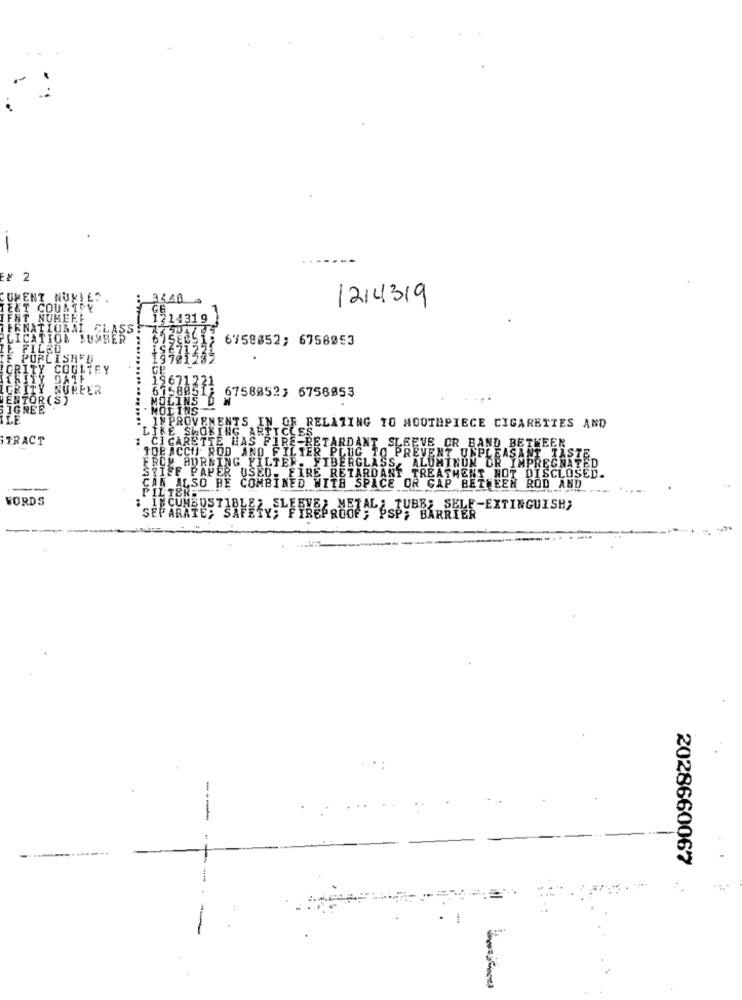
EN 2
COMENT NURIES
..
94.40.
1214319
TEXT COUNTRY
GE
IFNT NUBEEF
1214319
TERNATIONAL CLASS
PLICATION NUMBER'
15E0
6758852; 6758053
E. FILED
F PUBLISHED
IGRITY COULTEY
TRITY DATF
IGRITY NUREER
6758051;
6758852; 6756853
MENTOR(S)
MOLINS D
SIGNEE
MOLINS"
ILE
IMPROVEMENTS IN OF RELATING TO MOUTHPIECE CIGARETTES AND
TRACT
LIKE SMOKING ARTICLES
CIGARETTE HAS FIRE-RETARDANT SLEEVE OR BAND BETWEEN
TOBACCO ROD AND FILTER PLUG TO PREVENT UNPLEA
ÄST
ROY BURNING FILTER. FIBERGLASS, ALUMINUM OR"
SPER IMPREGNATE
STIFF PAPER USED. FIRE RETARDANT TREATMENT NOT DISCLOSED.
--
CAN ALSO BE COMBINED WITH SPICE OR GAP BETWEEN ROD AND
WORDS
PILISKES
: IN CUNAUSTJRVERY; FYREA ROOF" SSPY BARSFEE-EXTINGUISH;
---
2028660067